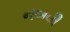
નબવી